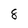
Character: 8